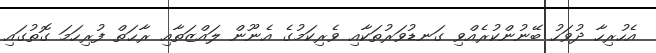
އެހުރިހާ ދުވަހު ބޭނުންކުރެއްވި ގަނޑުވަރުތަކާއި ވެރިކަމުގެ އެނޫން ލައްޒަތާއި ރާޙަތް ފުރިހަމަ ގޮތުގައި